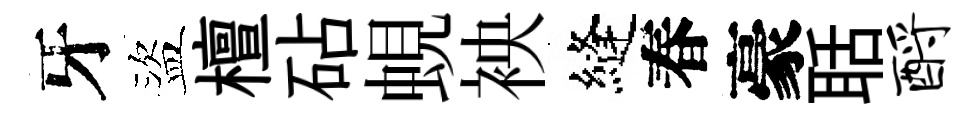
牙盜檀砧蜆䘧縫春豪聒酹